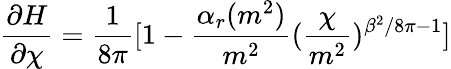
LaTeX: \frac{\partial H}{\partial\chi}=\frac{1}{8\pi}[1-\frac{\alpha_{r}(m^{2})}{m^{2}}(\frac{\chi}{m^{2}})^{\beta^{2}/8\pi-1}]